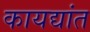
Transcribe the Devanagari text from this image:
कायद्यांत